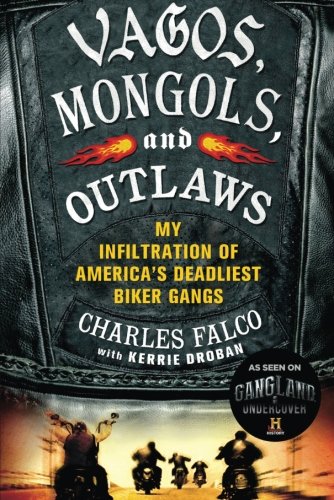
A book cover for Vagos, Mongols, and Outlaws: My Infiltration of America's Deadliest Biker Gangs; Charles Falco; Biographies & Memoirs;